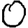
Digit: 0